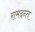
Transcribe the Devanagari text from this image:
रामदन्त